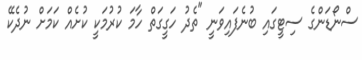
ސްނޯޑަންގެ ސިޓީގައި ބުނެފައިވަނީ "ތެދު ހަގީގަތް ހާމަ ކުރުމަކީ ކުށެއް ކަމަށް ނުދެކޭ